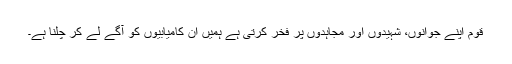
قوم اپنے جوانوں، شہیدوں اور مجاہدوں پر فخر کرتی ہے ہمیں ان کامیابیوں کو آگے لے کر چلنا ہے۔